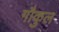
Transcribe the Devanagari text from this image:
गौकुल